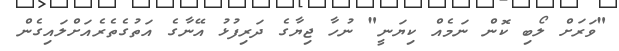
"ވަރަށް ލޯބި ކޮން ނަމެއް ކިޔަނީ" ނުހާ ޖިޔާގެ ދަރިފުޅު އޭނާގެ އަތުގެތެރެއަށްލައިގެން